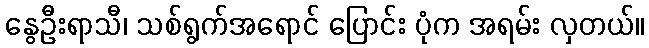
နွေဦးရာသီ၊ သစ်ရွက်အရောင် ပြောင်း ပုံက အရမ်း လှတယ်။